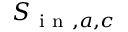
S _ { \mathrm { ~ i ~ n ~ } , a , c }